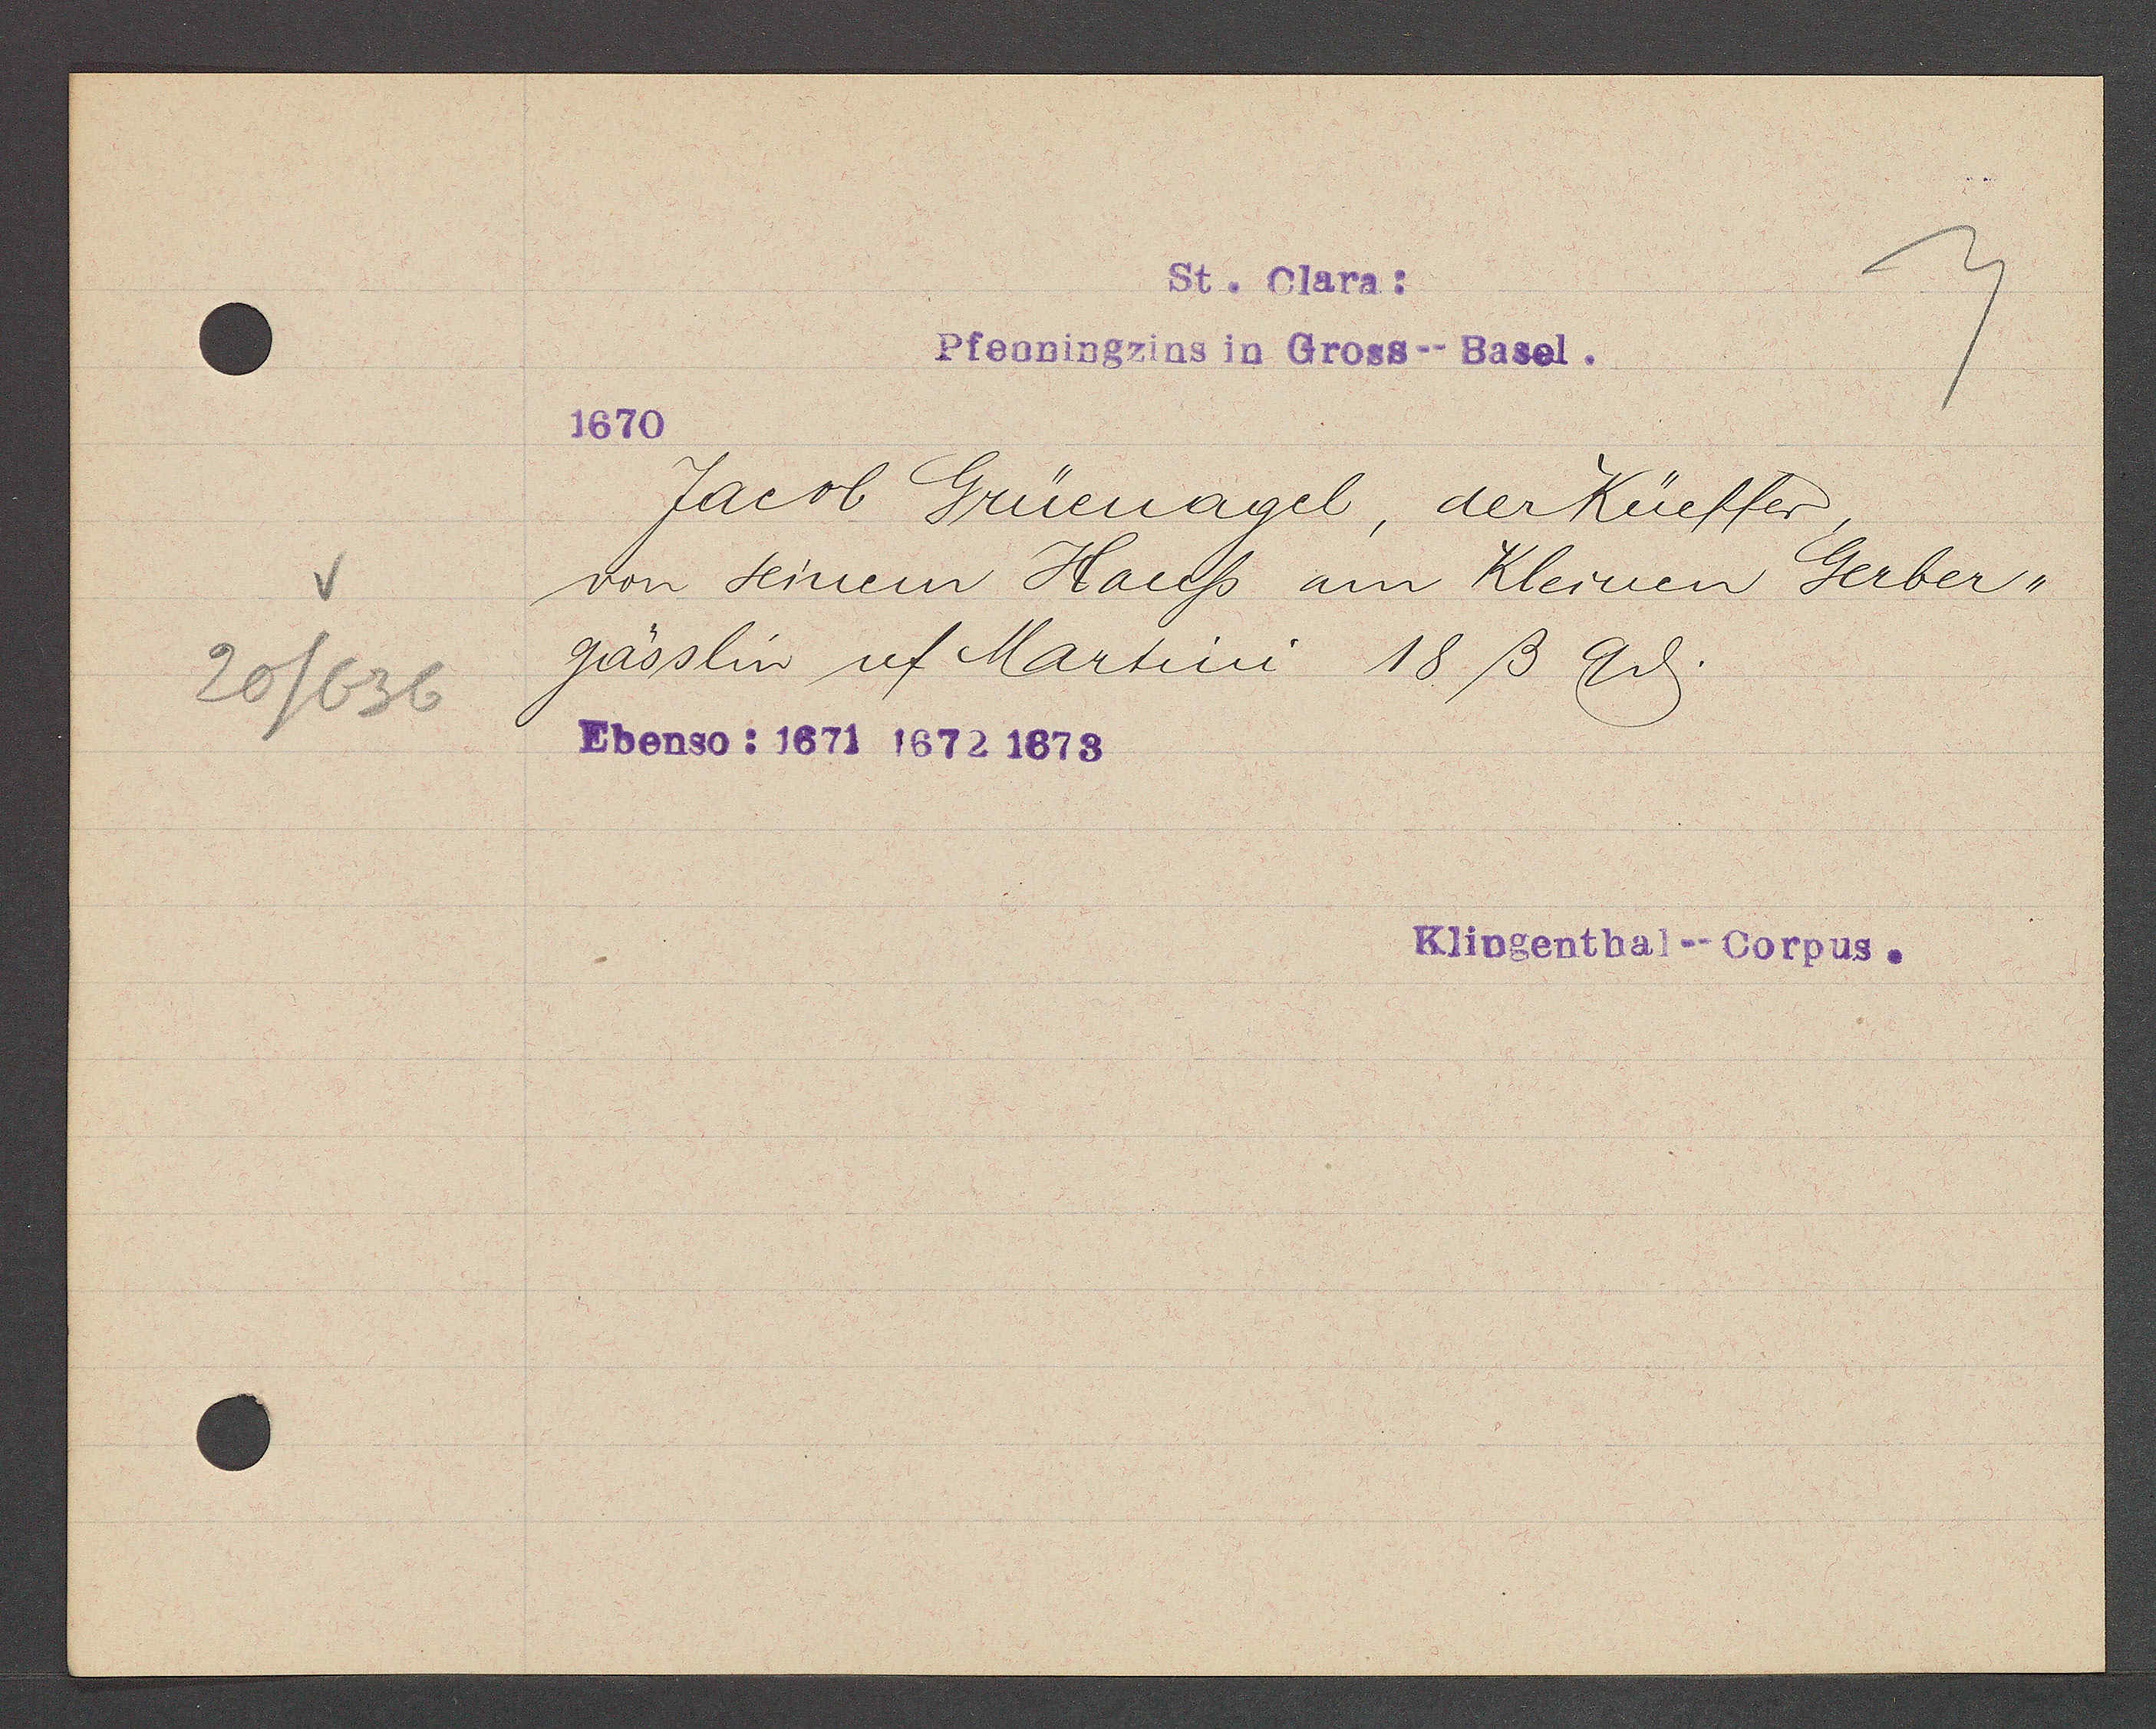
Transcript:
20/636

St. Clara:
Pfenningzins in Gross--Basel.

1670
Jacob Grüenagel, der Küeffer,
von seinem Hauss am Kleinen Gerber¬
gässlin uff Martini 18ß 9ȡ.
Ebenso: 1671 1672 1673

Klingenthal--Corpus.